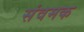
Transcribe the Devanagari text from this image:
संवमक